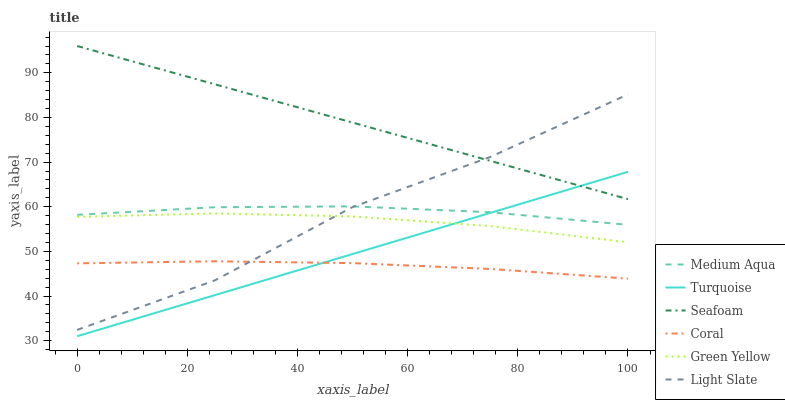
| xaxis_label | Medium Aqua | Turquoise | Seafoam | Coral | Green Yellow | Light Slate |
 | --- | --- | --- | --- | --- | --- | --- |
 | 0 | 58.2 | 31 | 96 | 47.3 | 57.7 | 32.4 |
 | 25 | 59.9 | 40.2 | 87.4 | 47.8 | 58.5 | 43.5 |
 | 50 | 60.1 | 49.4 | 78.9 | 47.4 | 57.8 | 59.9 |
 | 75 | 58.8 | 58.6 | 70.3 | 46.1 | 55.7 | 71.2 |
 | 100 | 55.9 | 67.8 | 61.7 | 43.9 | 52.1 | 85.2 |